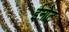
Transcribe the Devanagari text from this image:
ईनोट